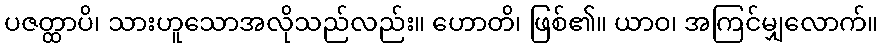
ပဇတ္ထာပိ၊ သားဟူသောအလိုသည်လည်း။ ဟောတိ၊ ဖြစ်၏။ ယာဝ၊ အကြင်မျှလောက်။